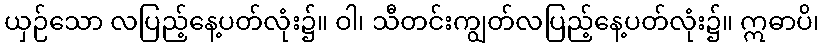
ယှဉ်သော လပြည့်နေ့ပတ်လုံး၌။ ဝါ၊ သီတင်းကျွတ်လပြည့်နေ့ပတ်လုံး၌။ ဣဓာပိ၊